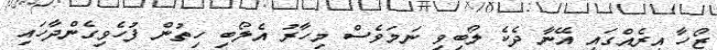
ޒޯހާ އިރެއްގައި އޭނާ ދެކެ ލޯބިވި ނަމަވެސް މިހާރު އެލޯބި ހިތުން ފުހެވިގެންދާހައި